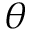
\theta